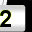
Digit: 2